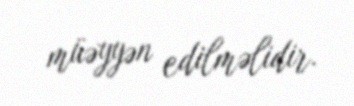
müəyyən edilməlidir.